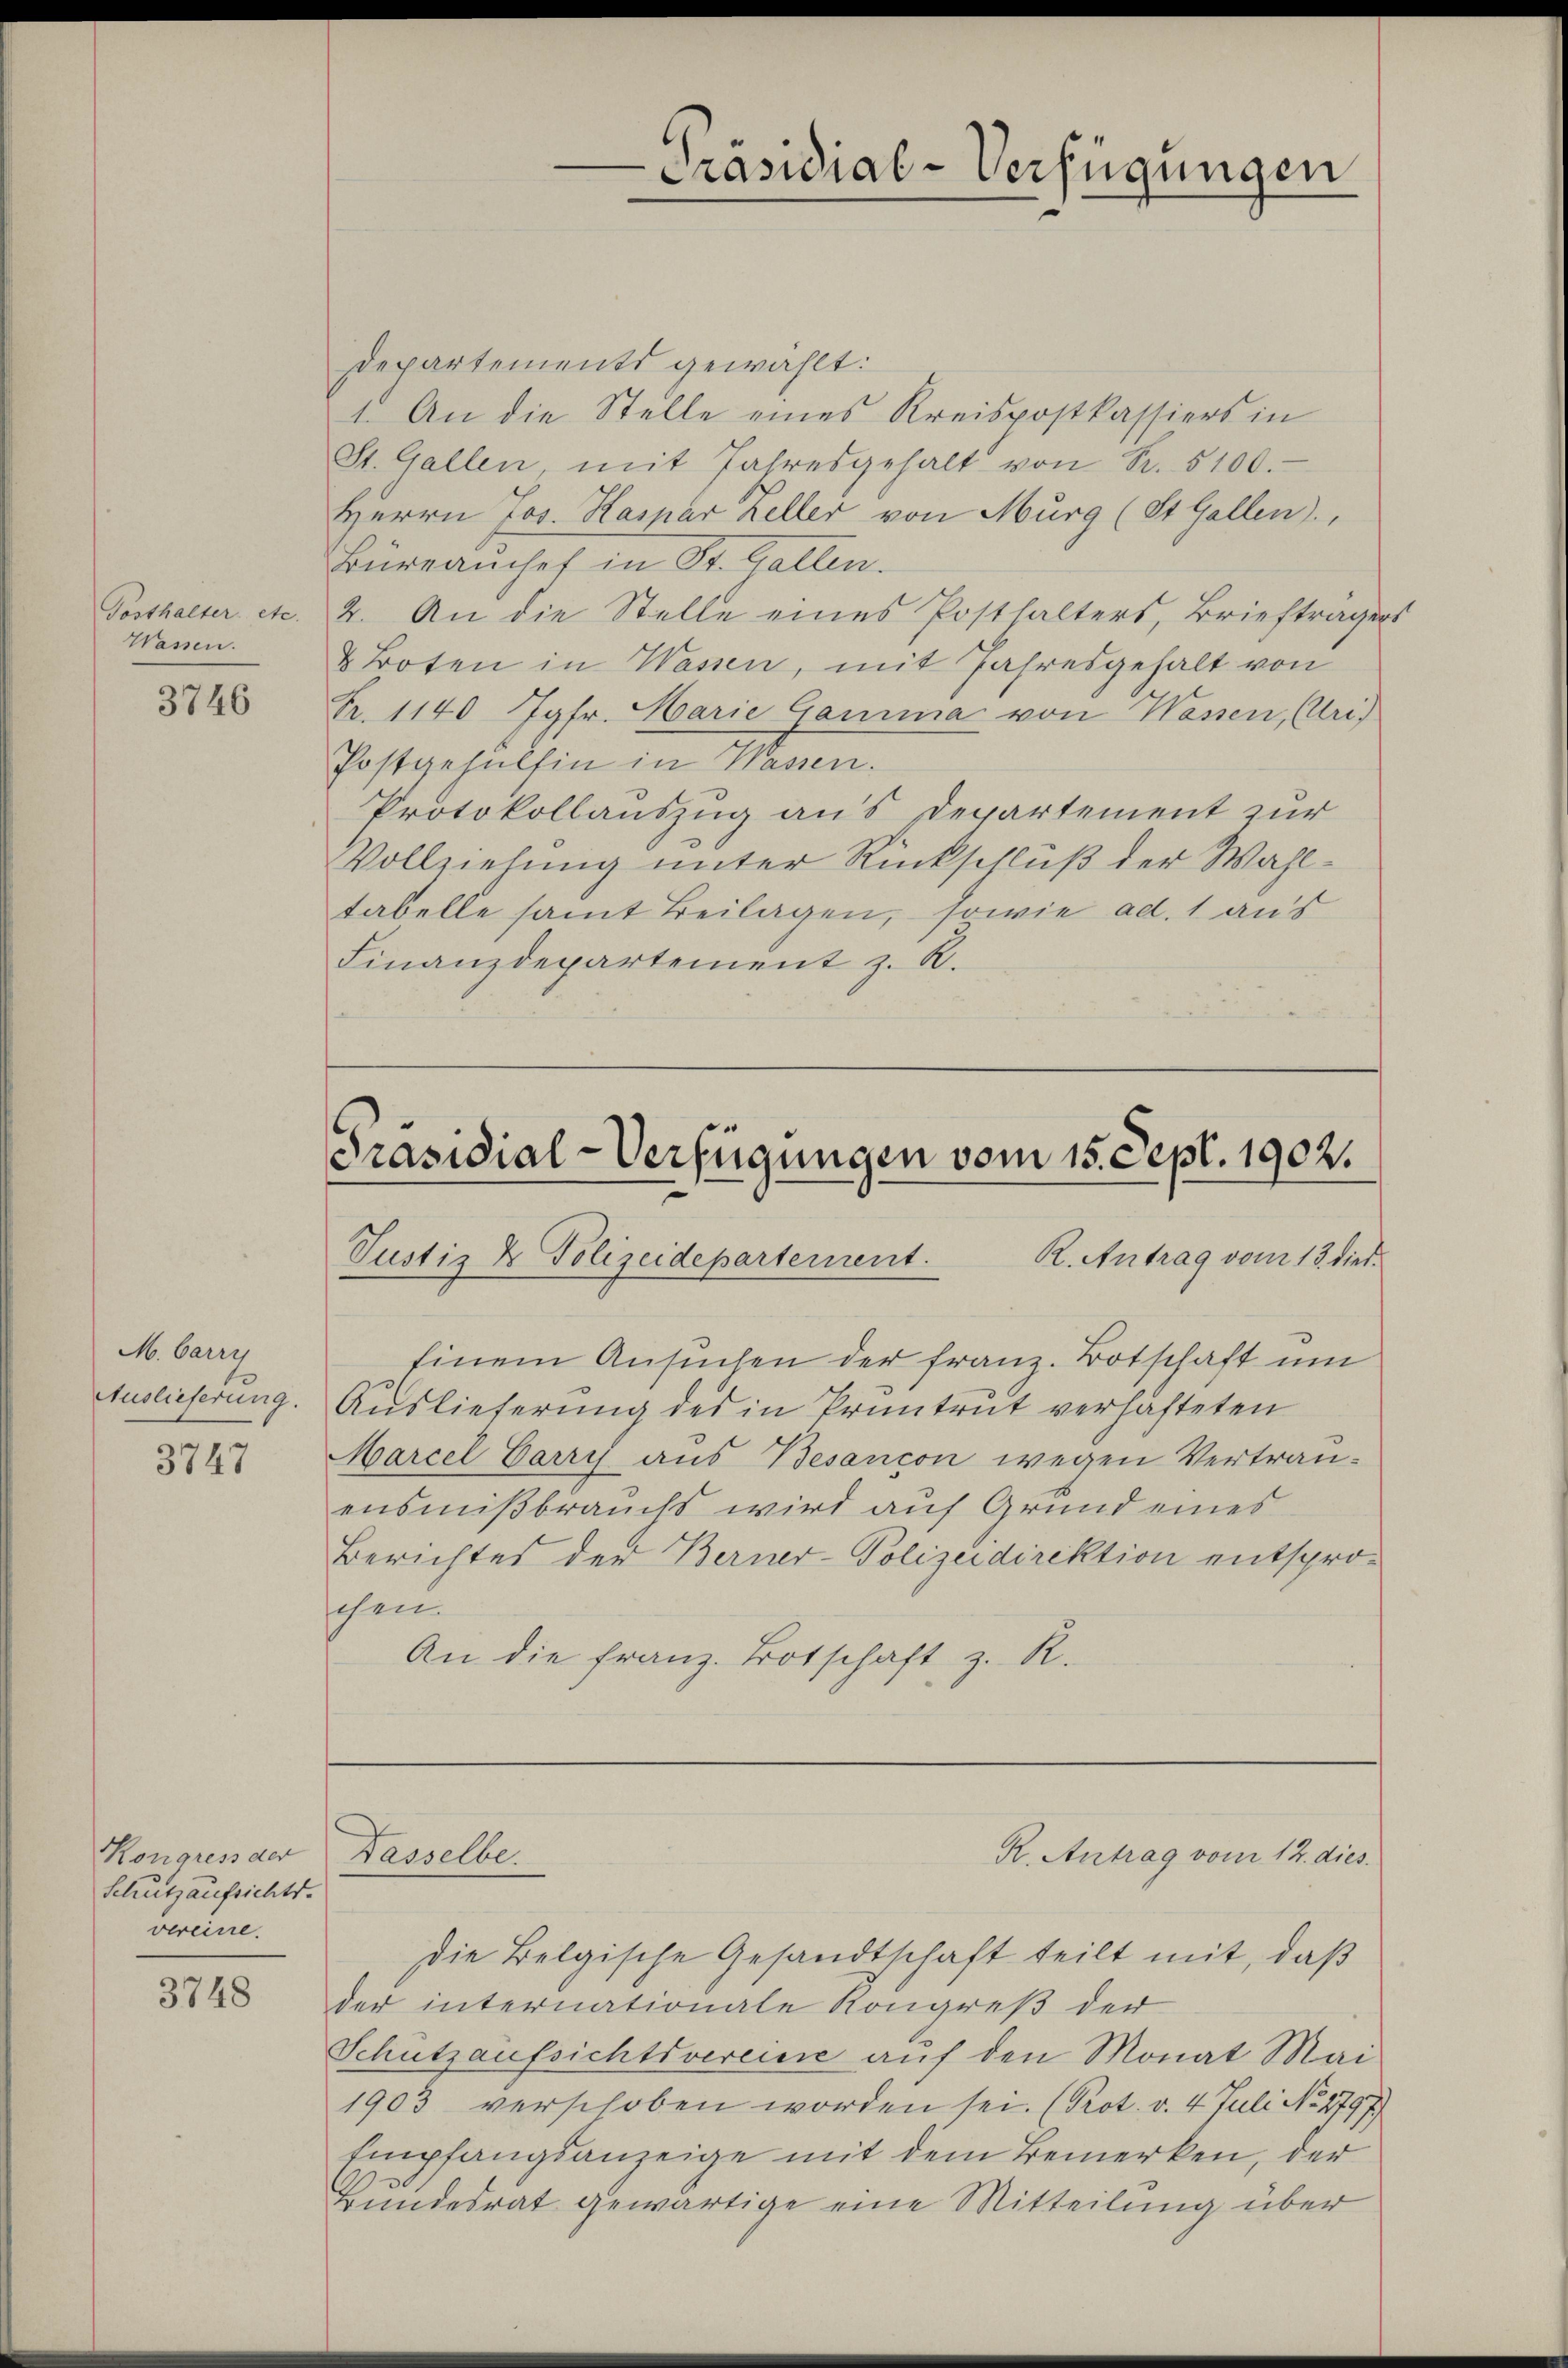
Tosthalter etc.
Wassen.

3746

M. barry
Auslieferung.

3747

Kongress der
Schutzaufsichts-
vereine.

3748

Präsidial-Verfügungen

Departements gewählt:
1. An die Stelle eines Kreispostkassiers in
St. Gallen mit Jahresgehalt von S. 5100.
Herrn Jos. Kaspar heller von Murg (St. Gallen),
Büreanchef in St. Gallen.
2. An die Stelle eines Posthalters, Briefträgers
& Boten in Wassen, mit Jahresgehalt von
Fr. 1140 Jgfr. Harie Gamina von Wassen, (Uris
Postgehülfen in Wassen.
Protokollauszug aus Departement zur
Vollziehung unter Rückschluß der Wahltabelle samt Beilagen, sowie ad. 1 aus
Finanzdepartement z. R.

Präsidial-Verfügungen vom 15. Sept. 1902.
R. Antrag vom 13. dies
Justiz & Polizeidepartement.

Einem Ansuchen der franz. Botschaft um
Auslieferung des in Pruntrut verhäfteten
Marcel Carry aus Besancon wegen Vertrauensmißbrauchs wird auf Grund eines
Berichtes der Berner-Polizeidirektion entsprochen.
An die franz. Botschaft z. R.

Dasselbe.

R. Antrag vom 12. dies

Die Belgische Gesandtschaft teilt mit, daß
der internationale Kongreß der
Schutzaufsichtsvereine aŭf den Monat Mai
1903 verschoben worden sei. (Prot. v. 4. Juli No 2797)
Empfangsanzeige mit dem Bemerken, der
Bundesrat gewärtige eine Mitteilung über